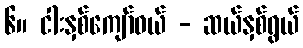
၆။ ငါးနှစ်ကျော်ဝယ် - ဆယ်နှစ်ရွယ်